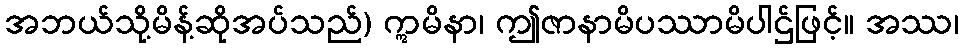
အဘယ်သို့မိန့်ဆိုအပ်သည်) ဣမိနာ၊ ဤဇာနာမိပဿာမိပါဌ်ဖြင့်။ အဿ၊